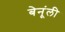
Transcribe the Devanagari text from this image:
बेनूंली